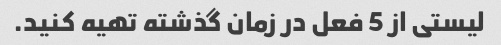
لیستی از 5 فعل در زمان گذشته تهیه کنید.